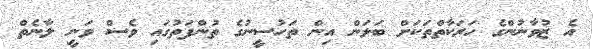
އެ ޒުވާނުންގެ ހަރަކާތްތަކަށް ބަލަން އިން ތަހުސީނުގެ ތުންފަތުގައި ވެސް ވަނީ ލާނެތް